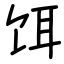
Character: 饵